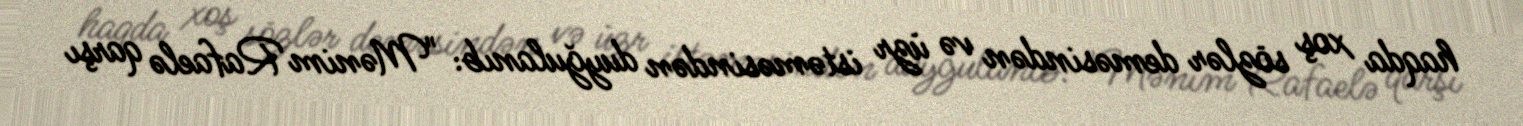
haqda xoş sözlər deməsindən və üzr istəməsindən duyğulanıb: "Mənim Rafaelə qarşı